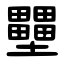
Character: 壨